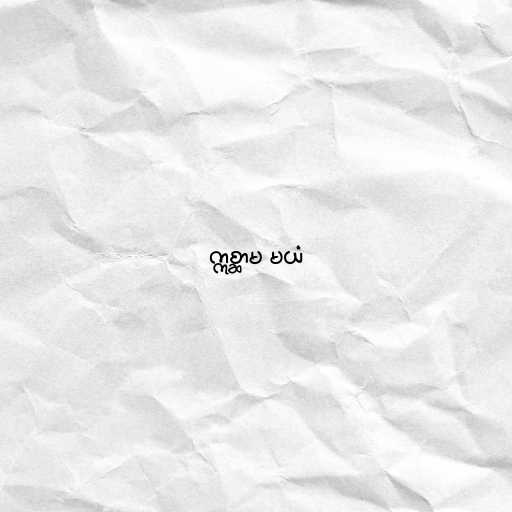
ဣစ္ဆာမ မယံ